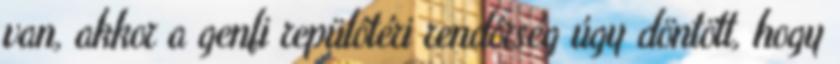
van, akkor a genfi repülôtéri rendôrség úgy döntött, hogy